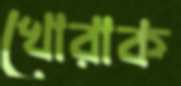
খোরাক